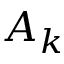
A _ { k }